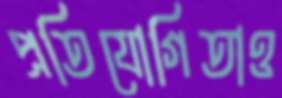
প্রতিযোগিতাও